65_HS1-834228961_62-HQ-83894_Section_4
Agency: FBI
Page 136
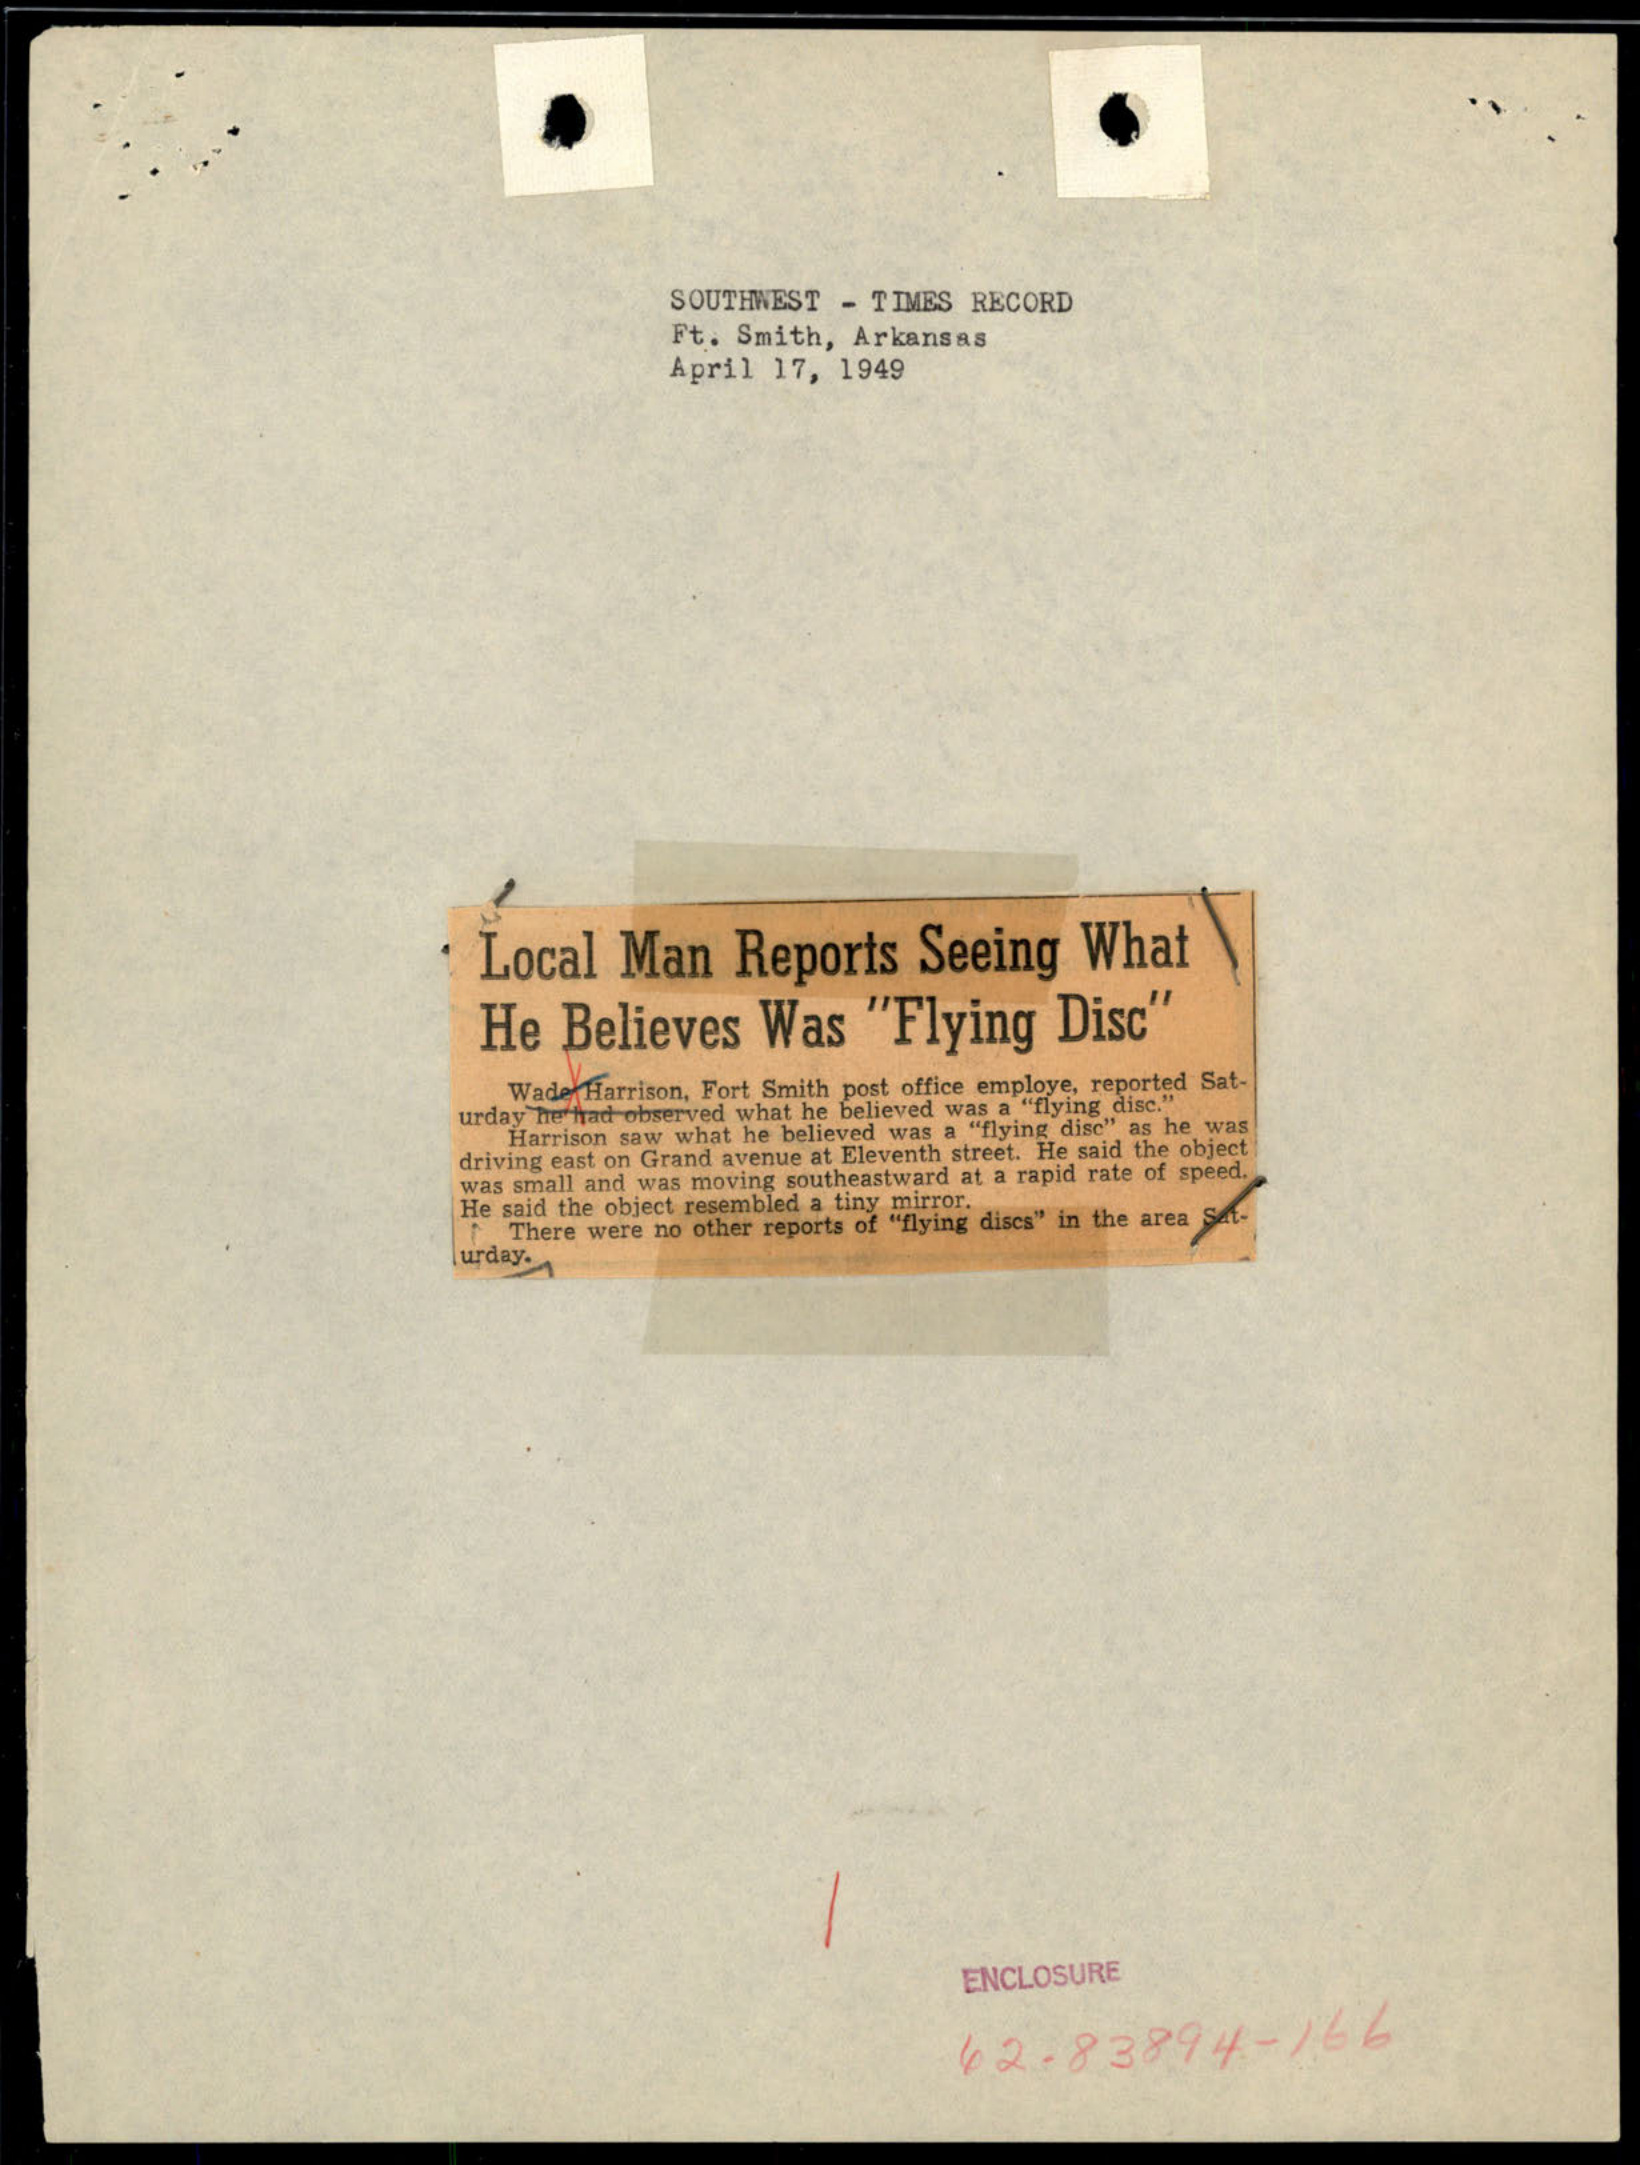